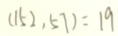
( 1 5 2 , 5 7 ) = 1 9